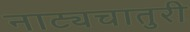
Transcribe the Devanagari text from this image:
नाट्यचातुरी